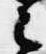
之